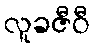
လူခဇီဝီ